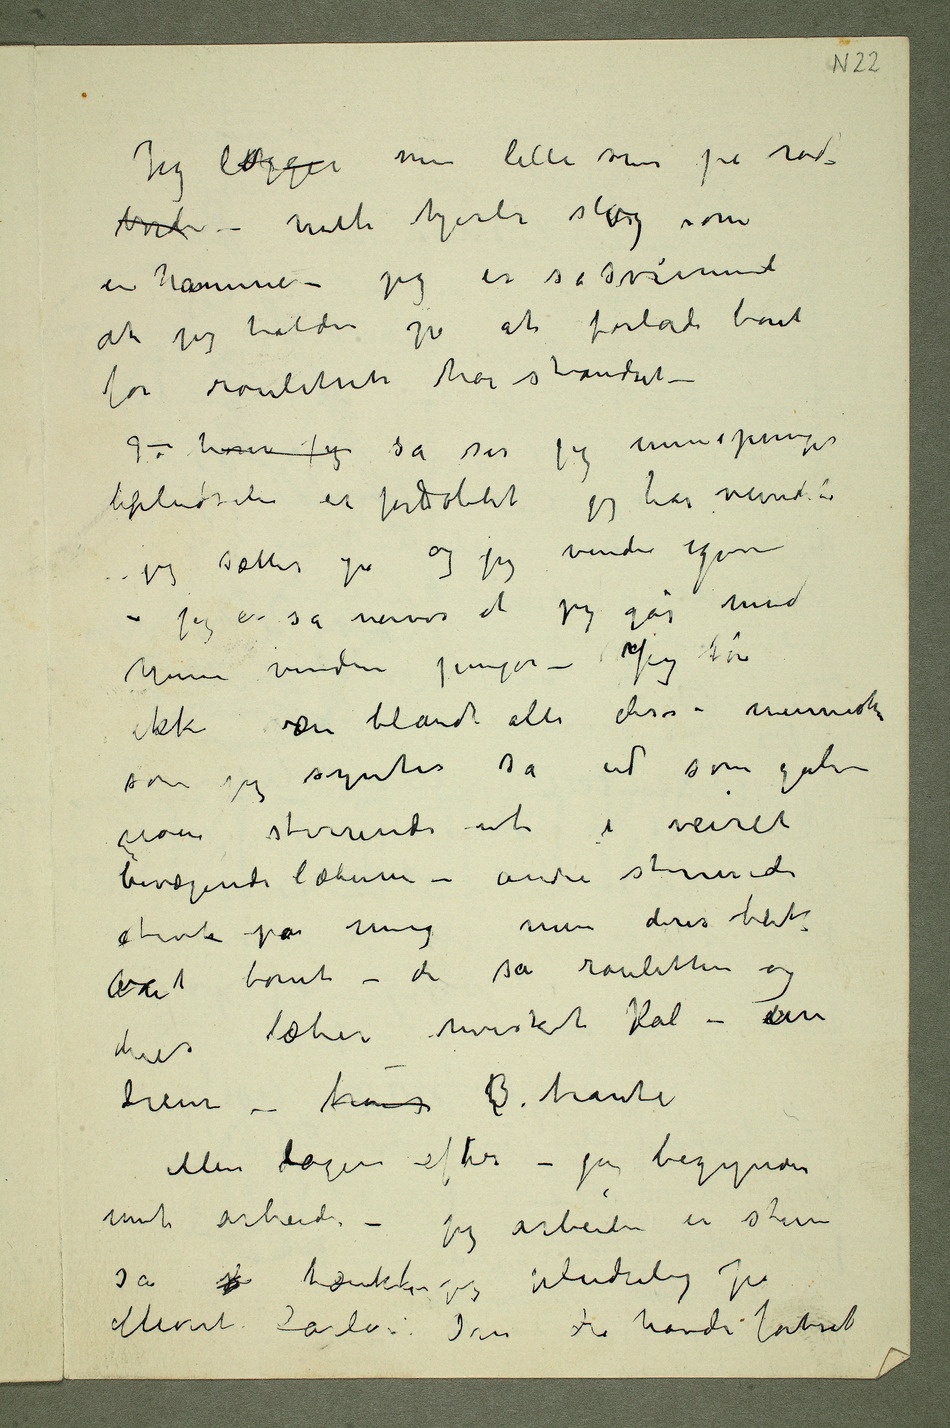
Jeg lægger min lille sum på rød.
en hammer – jeg er så svimmel
at jeg holder på at forlade boret
før rouleten har standset –
lipludseli er fordobletjeg har vundet
jeg sætter på og jeg vinder igjen
– jeg er så nervøs at jeg går med
mine vundne penger – Jeg tør
ikke være blandt alle disse mennesker
som jeg syntes så ud som gale
noen stirrede ut i veiret
bevægende læberne – andre stirrede
var tomt – de så rouletten og
deres læber hvisket  – un
heur trois h3. haute
Men dagen efter – jeg begynder
mit arbeide – jeg arbeider en stun
så  tænker jeg pludselig på
Monte Carlo. Om du havde fortsat